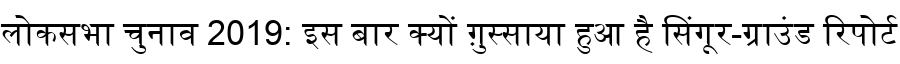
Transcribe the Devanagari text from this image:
लोकसभा चुनाव 2019: इस बार क्यों ग़ुस्साया हुआ है सिंगूर-ग्राउंड रिपोर्ट